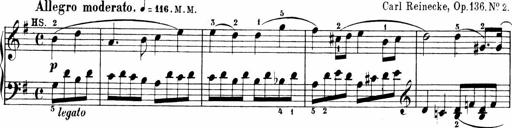
Title: 6 Sonatinas
Composer: Carl Reinecke